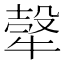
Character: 𤚼